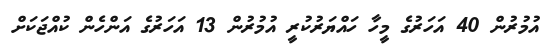
އުމުރުން 40 އަހަރުގެ މީހާ ހައްޔަރުކުރީ އުމުރުން 13 އަހަރުގެ އަންހެން ކުއްޖަކަށް